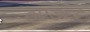
૦૨૭૬૬